Development of the Leishman-Donovan parasite in Cimex rotundatus - Number 31
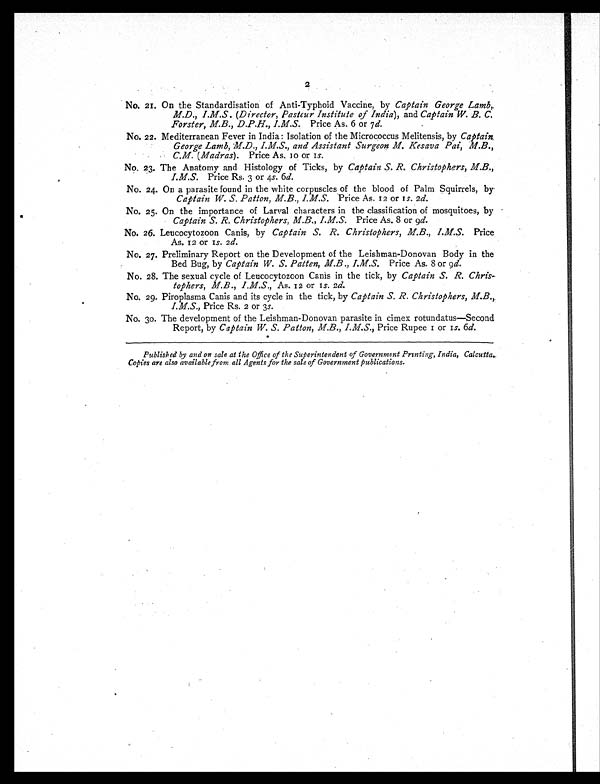
2
No. 21. On the Standardisation of Anti-Typhoid Vaccine, by Captain George Lamb,.
M.D., I.M.S. (Director, Pasteur Institute of India ), and Captain W. B. C.
Forster, M.B., D.P.H., I.M.S. Price As. 6 or 7 d.
No. 22. Mediterranean Fever in India: Isolation of the Micrococcus Melitensis, by Captain.
George Lamb, M.D., I.M.S., and Assistant Surgeon M. Kesava Pai, M.B.,
C.M. (Madras). Price As. 10 or 1s.
No. 23. The Anatomy and Histology of Ticks, by Captain S. R. Christophers, M.B.,
I.M.S. Price Rs. 3 or 4s. 6d.
No. 24. On a parasite found in the white corpuscles of the blood of Palm Squirrels, by
Captain W. S. Patton, M.B., I.M.S. Price As. 12 or 1s. 2d.
No. 25. On the importance of Larval characters in the classification of mosquitoes, by
Captain S. R. Christophers, M.B., I.M.S. Price As. 8 or 9 d.
No. 26. Leucocytozoon Canis, by Captain S. R. Christophers, M.B., I.M.S. Price
As. 12 or 1s. 2 d.
No. 27. Preliminary Report on the Development of the Leishman-Donovan Body in the
Bed Bug, by Captain W. S. Patten, M.B., I.M.S. Price As. 8 or 9 d.
No. 28. The sexual cycle of Leucocytozoon Canis in the tick, by Captain S. R. Chris-
tophers, M.B., I.M.S., As. 12 or 1s. 2d.
No. 29. Piroplasma Canis and its cycle in the tick, by Captain S. R. Christophers, M.B.,
I.M.S., Price Rs. 2 or 3s.
No. 30. The development of the Leishman-Donovan parasite in cimex rotundatus—Second
Report, by Captain W. S. Patton, M.B., I.M.S., Price Rupee 1 or 1s. 6d.
Published by and on sale at the Office of the Superintendent of Government Printing, India, Calcutta.
Copies are also available from all Agents for the sale of Government publications.